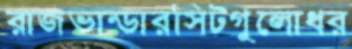
রাজভান্ডারসিটগুলোধর